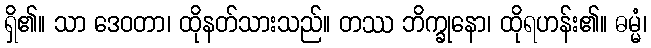
ရှိ၏။ သာ ဒေဝတာ၊ ထိုနတ်သားသည်။ တဿ ဘိက္ခုနော၊ ထိုရဟန်း၏။ ဓမ္မံ၊